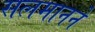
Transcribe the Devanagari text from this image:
सलमानने